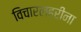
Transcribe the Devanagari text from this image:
विचारलहरींना